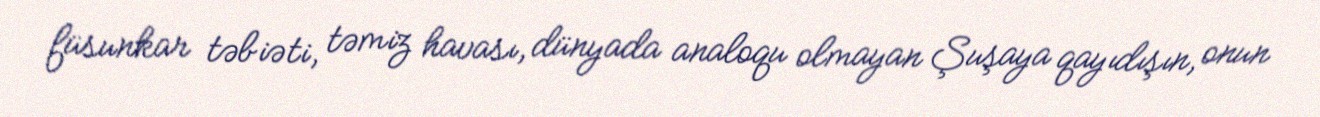
füsunkar təbiəti, təmiz havası, dünyada analoqu olmayan Şuşaya qayıdışın, onun